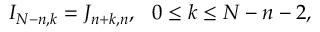
\begin{array} { r } { I _ { N - n , k } = J _ { n + k , n } , \ \ 0 \leq k \leq N - n - 2 , } \end{array}